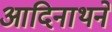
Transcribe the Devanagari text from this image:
आदिनाथने